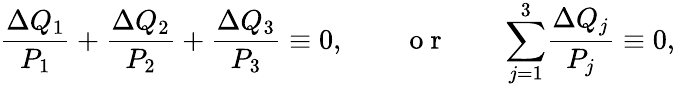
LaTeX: \frac{\Delta Q_{1}}{P_{1}}+\frac{\Delta Q_{2}}{P_{2}}+\frac{\Delta Q_{3}}{P_{3}}\equiv 0,\qquad\mathrm{~o~r~}\qquad{\sum_{j=1}^{3}}\frac{\Delta Q_{j}}{P_{j}}\equiv 0,